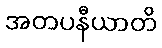
အတပနီယာတိ